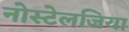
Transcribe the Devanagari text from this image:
नोस्‍टेलजिया